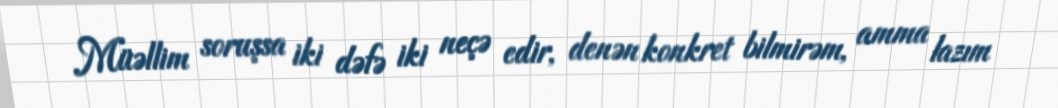
Müəllim soruşsa iki dəfə iki neçə edir, denən konkret bilmirəm, amma lazım